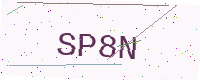
Text: SP8N